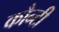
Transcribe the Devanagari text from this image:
कौन्टी